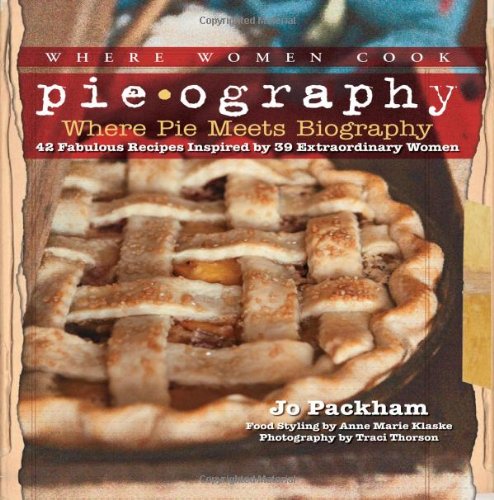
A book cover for Pieography: Where Pie Meets Biography-42 Fabulous Recipes Inspired by 39 Extraordinary Women (A WWC Press Book); Jo Packham; Cookbooks, Food & Wine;